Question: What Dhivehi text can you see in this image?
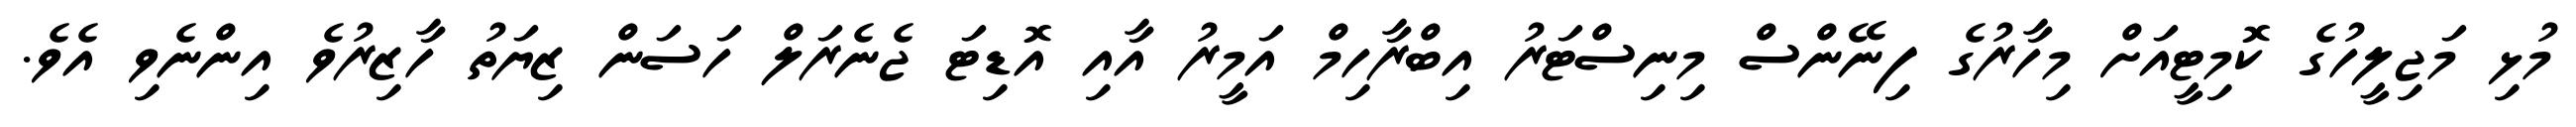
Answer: މުޅި މަޖިލީހުގެ ކޮމިޓީއަށް މިހާރުގެ ފިނޭންސް މިނިސްޓަރު އިބްރާހިމް އަމީރު އާއި އޮޑިޓަ ޖެނެރަލް ހަސަން ޒިޔަތު ހާޒިރުވެ އިންނެވި އެވެ.